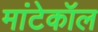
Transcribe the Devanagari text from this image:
मांटेकॉल